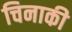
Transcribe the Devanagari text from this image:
चिनाकी